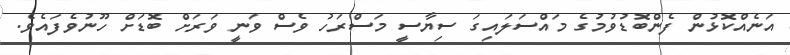
އަނެއްކޮޅުން ފެންބޮޑުވުމުގެ މައްސަލައިގަ ސިޔާސީ މަސްރަހު ވެސް ވަނީ ވަރަށް ބޮޑަށް ހޫނުވެފައެވެ.